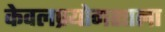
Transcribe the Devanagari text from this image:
केवलप्रयोगशाला